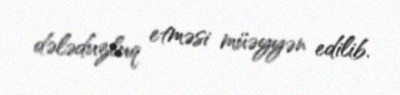
dələduzluq etməsi müəyyən edilib.